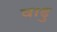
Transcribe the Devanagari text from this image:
वाढु